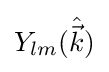
Y_{lm}({\hat {\vec {k}}})